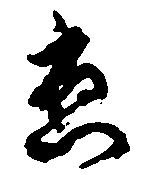
応